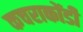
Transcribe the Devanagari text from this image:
कचराकोंडी